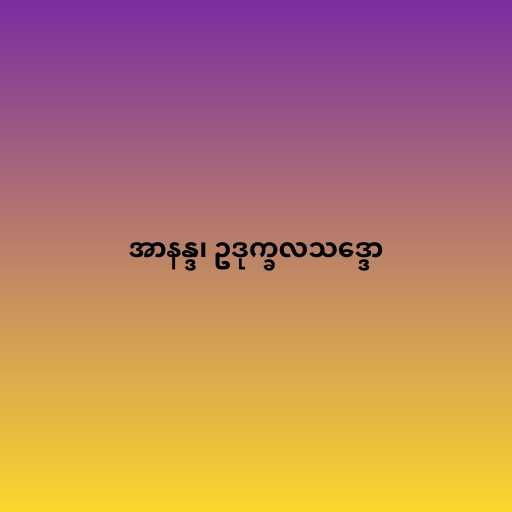
အာနန္ဒ၊ ဥဒုက္ခလသဒ္ဒော